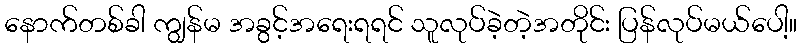
နောက်တစ်ခါ ကျွန်မ အခွင့်အရေးရရင် သူလုပ်ခဲ့တဲ့အတိုင်း ပြန်လုပ်မယ်ပေါ့။